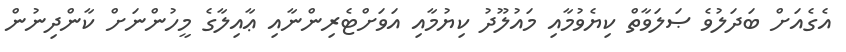
އެގެއަށް ބަދަލުވެ ޞަލަވާތް ކިޔެވުމާއި މައުލޫދު ކިޔުމާއި އަވަށްޓެރިންނާއި ޢާއިލާގެ މީހުންނަށް ކާންދިނުން